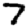
Digit: 7